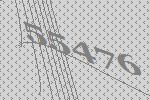
55476